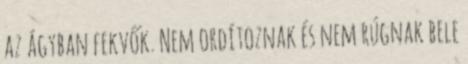
az ágyban fekvők. Nem ordítoznak és nem rúgnak bele